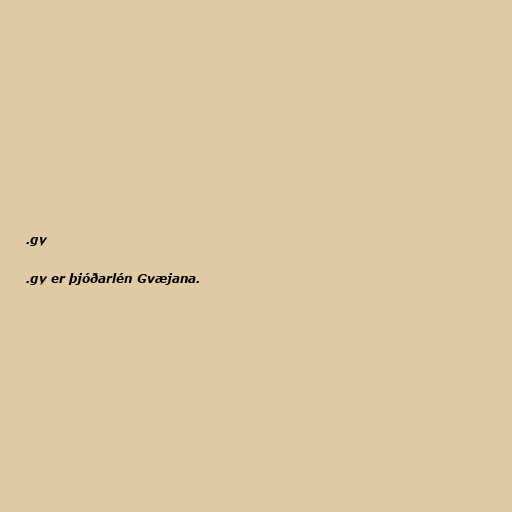
.gy

.gy er þjóðarlén Gvæjana.